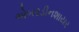
એબરડીનશાયર